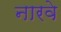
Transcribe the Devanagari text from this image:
नारवे